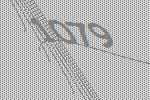
1079